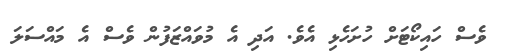
ވެސް ހައިކޯޓަށް ހުށަހެޅި އެވެ. އަދި އެ މުވައްޒަފުން ވެސް އެ މައްސަލަ